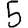
Digit: 5